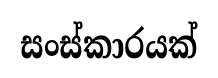
සංස්කාරයක්